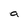
Character: a